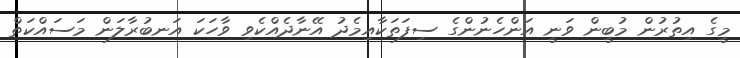
މީގެ އިތުރުން މުބީން ވަނީ އަންހެނުންގެ ސިފަތަކާއިމެދު އޭނާދެއްކެވި ވާހަކަ އަނބުރާލަން މަސައްކަތް